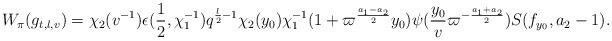
LaTeX: \begin{align*}W_{\pi}(g_{t,l,v}) = \chi_2(v^{-1})\epsilon(\frac{1}{2}, \chi_1^{-1}) q^{\frac{l}{2}-1}\chi_2(y_0)\chi_1^{-1}(1+\varpi^{\frac{a_1-a_2}{2}}y_0) \psi(\frac{y_0}{v}\varpi^{-\frac{a_1+a_2}{2}}) S(f_{y_0},a_2-1). \end{align*}